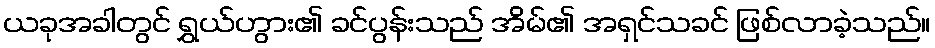
ယခုအခါတွင် ရွှယ်ဟွား၏ ခင်ပွန်းသည် အိမ်၏ အရှင်သခင် ဖြစ်လာခဲ့သည်။